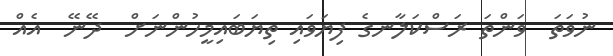
ނުވަތަ  ވަންތަ ރަސްކަލާނގެ ފިޔަވައި ތިޔަބައިމީހުންނަށް  ދޭނޭ  އެއް